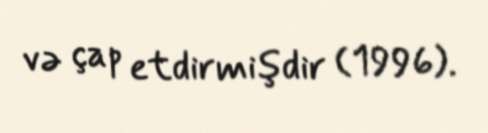
və çap etdirmişdir (1996).